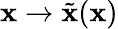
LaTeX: \mathbf{x}\rightarrow{\tilde{{\mathbf{x}}}}(\mathbf{x})